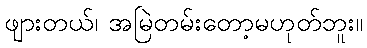
ဖျားတယ်၊ အမြဲတမ်းတော့မဟုတ်ဘူး။